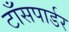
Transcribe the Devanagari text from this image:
टाँसपार्डर